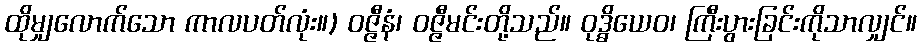
ထိုမျှလောက်သော ကာလပတ်လုံး။) ဝဇ္ဇီနံ၊ ဝဇ္ဇီမင်းတို့သည်။ ဝုဒ္ဓိယေဝ၊ ကြီးပွားခြင်းကိုသာလျှင်။